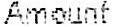
AMOUNT